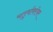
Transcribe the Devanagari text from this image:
चतुर्थाबरोबर